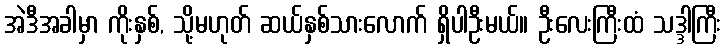
အဲဒီအခါမှာ ကိုးနှစ်, သို့မဟုတ် ဆယ်နှစ်သားလောက် ရှိပါဦးမယ်။ ဦးလေးကြီးထံ သဒ္ဒါကြီး